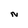
Character: N